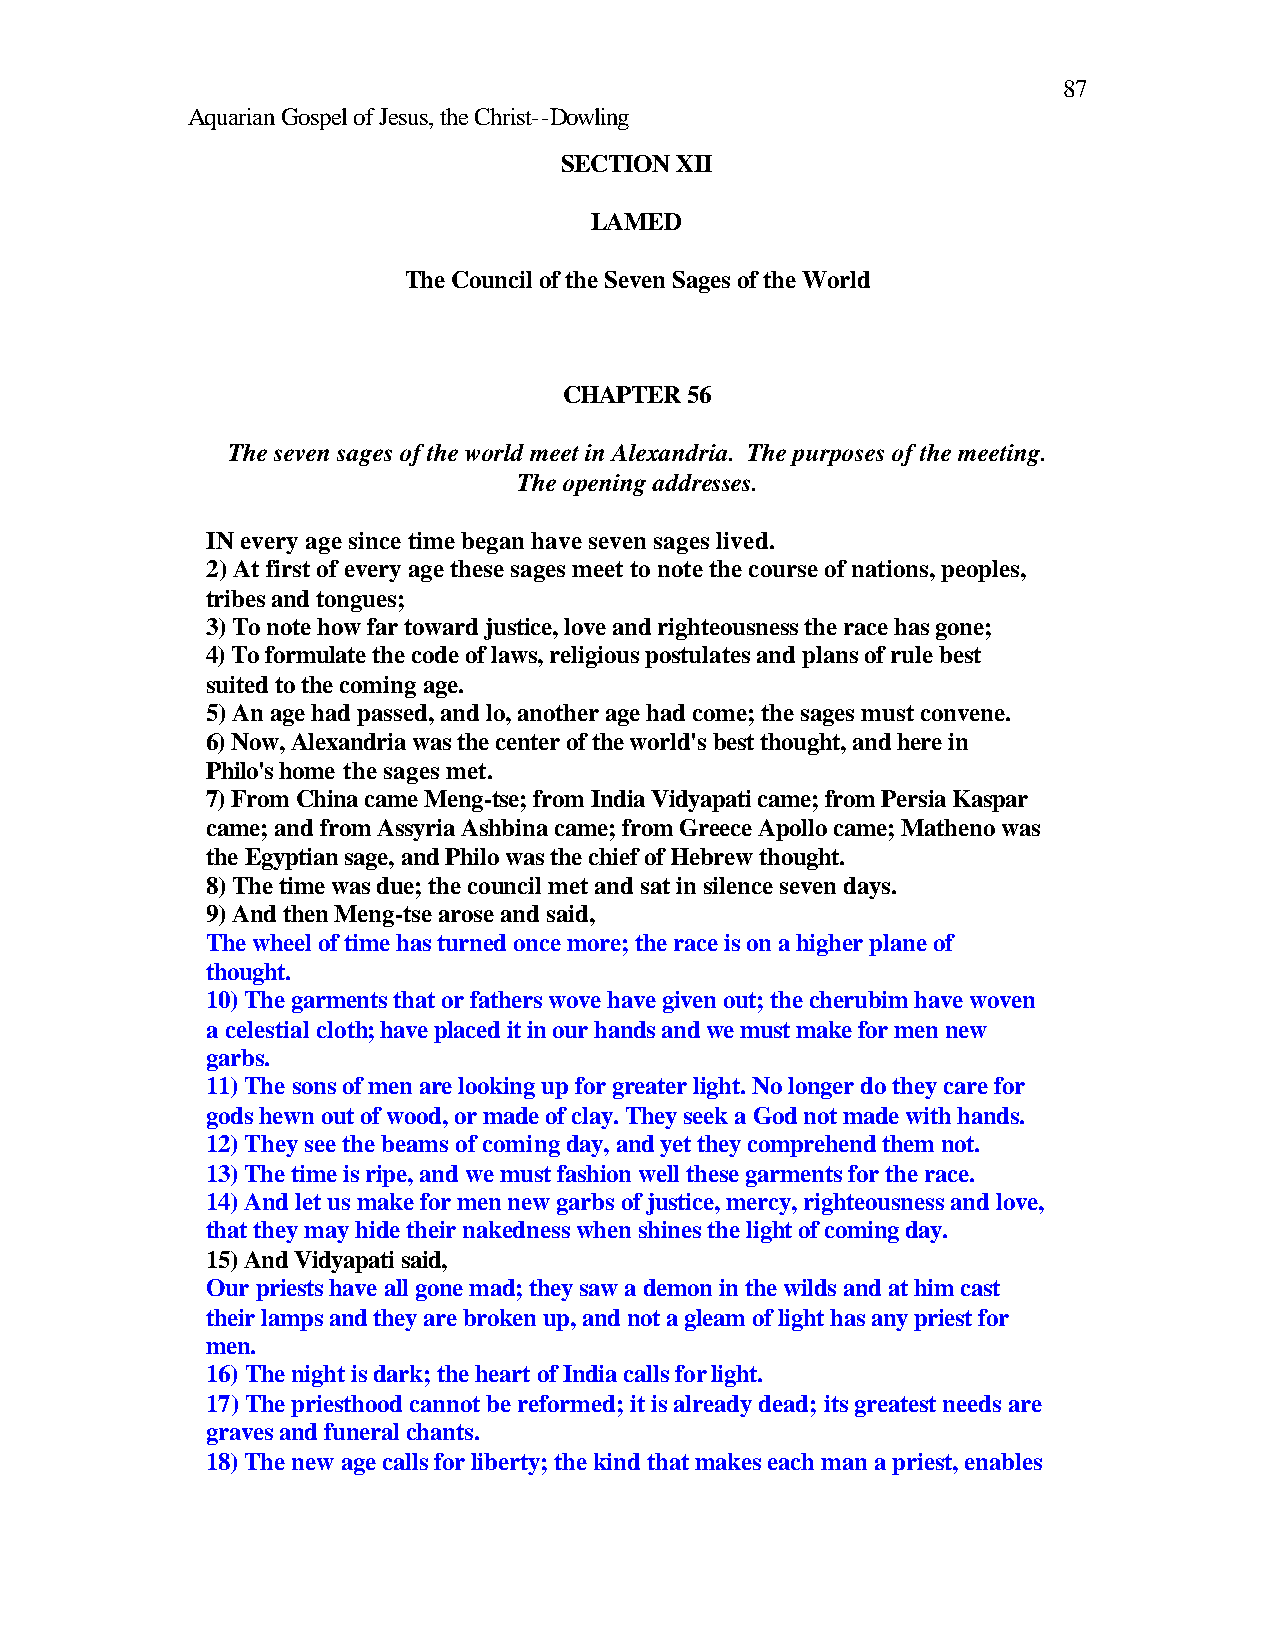
87
 Aquarian Gospel of Jesus, the Christ--Dowling
 SECTION XII
 LAMED
 The Council of the Seven Sages of the World
 CHAPTER 56
 The seven sages of the world meet in Alexandria. The purposes of the meeting.
 The opening addresses.
 IN every age since time began have seven sages lived.
 2) At first of every age these sages meet to note the course of nations, peoples,
 tribes and tongues;
 3) To note how far toward justice, love and righteousness the race has gone;
 4) To formulate the code of laws, religious postulates and plans of rule best
 suited to the coming age.
 5) An age had passed, and lo, another age had come; the sages must convene.
 6) Now, Alexandria was the center of the world's best thought, and here in
 Philo's home the sages met.
 7) From China came Meng-tse; from India Vidyapati came; from Persia Kaspar
 came; and from Assyria Ashbina came; from Greece Apollo came; Matheno was
 the Egyptian sage, and Philo was the chief of Hebrew thought.
 8) The time was due; the council met and sat in silence seven days.
 9) And then Meng-tse arose and said,
 The wheel of time has turned once more; the race is on a higher plane of
 thought.
 10) The garments that or fathers wove have given out; the cherubim have woven
 a celestial cloth; have placed it in our hands and we must make for men new
 garbs.
 11) The sons of men are looking up for greater light. No longer do they care for
 gods hewn out of wood, or made of clay. They seek a God not made with hands.
 12) They see the beams of coming day, and yet they comprehend them not.
 13) The time is ripe, and we must fashion well these garments for the race.
 14) And let us make for men new garbs of justice, mercy, righteousness and love,
 that they may hide their nakedness when shines the light of coming day.
 15) And Vidyapati said,
 Our priests have all gone mad; they saw a demon in the wilds and at him cast
 their lamps and they are broken up, and not a gleam of light has any priest for
 men.
 16) The night is dark; the heart of India calls for light.
 17) The priesthood cannot be reformed; it is already dead; its greatest needs are
 graves and funeral chants.
 18) The new age calls for liberty; the kind that makes each man a priest, enables